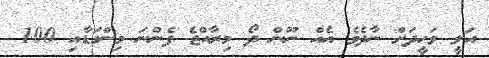
އަލީ ވަހީދަށް ނާދެވެ އެއް ނޫން ދޯ މިރާއްޖެ ފެންނަ މިންގަޑާއި 100